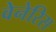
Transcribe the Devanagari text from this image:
वेनेरिस